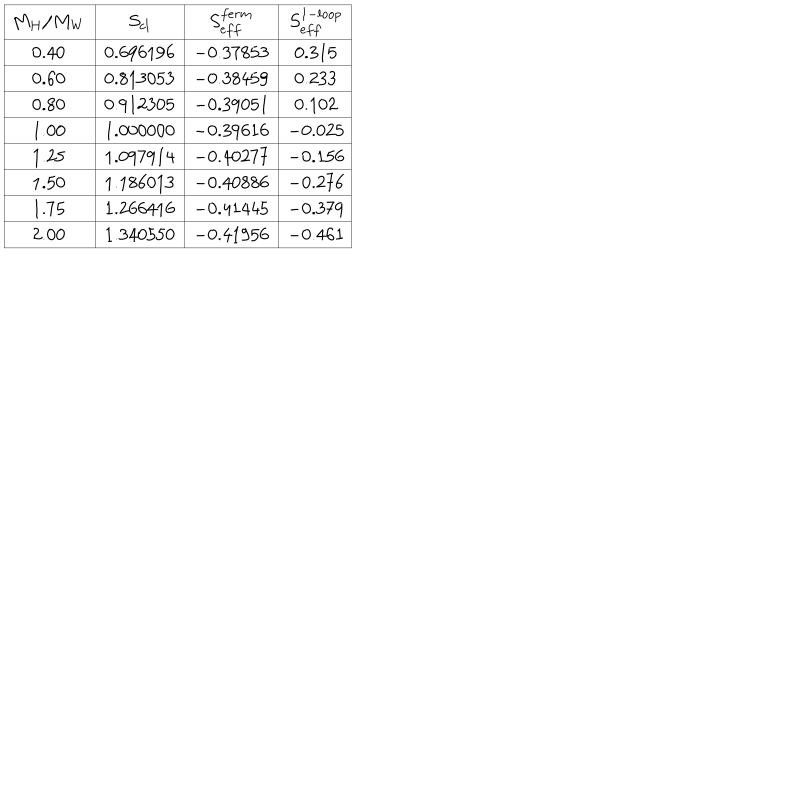
\begin{array} { } { { t ] { | c | c | c | c | } \hline M _ { H } / M _ { W } } } & { { S _ { c l } } } & { { S _ { e f f } ^ { f e r m } } } & { { S _ { e f f } ^ { 1 - l o o p } } } \\ \hline { { 0 . 4 0 } } & { { 0 . 6 9 6 1 9 6 } } & { { - 0 . 3 7 8 5 3 } } & { { 0 . 3 1 5 } } \\ \hline { { 0 . 6 0 } } & { { 0 . 8 1 3 0 5 3 } } & { { - 0 . 3 8 4 5 9 } } & { { 0 . 2 3 3 } } \\ \hline { { 0 . 8 0 } } & { { 0 . 9 1 2 3 0 5 } } & { { - 0 . 3 9 0 5 1 } } & { { 0 . 1 0 2 } } \\ \hline { { 1 . 0 0 } } & { { 1 . 0 0 0 0 0 0 } } & { { - 0 . 3 9 6 1 6 } } & { { - 0 . 0 2 5 } } \\ \hline { { 1 . 2 5 } } & { { 1 . 0 9 7 9 1 4 } } & { { - 0 . 4 0 2 7 7 } } & { { - 0 . 1 5 6 } } \\ \hline { { 1 . 5 0 } } & { { 1 . 1 8 6 0 1 3 } } & { { - 0 . 4 0 8 8 6 } } & { { - 0 . 2 7 6 } } \\ \hline { { 1 . 7 5 } } & { { 1 . 2 6 6 4 1 6 } } & { { - 0 . 4 1 4 4 5 } } & { { - 0 . 3 7 9 } } \\ \hline { { 2 . 0 0 } } & { { 1 . 3 4 0 5 5 0 } } & { { - 0 . 4 1 9 5 6 } } & { { - 0 . 4 6 1 } } \\ \hline { { } } \\ \end{array}